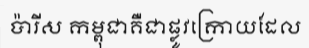
ប៉ារីស កម្ពុជាគឺជាផ្លូវក្រោយដែល